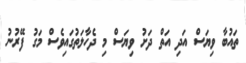
ތައުބާ ވިޔަސް އަދި އަތް ދަށު ވިޔަސް މި ދެހާލަތުގައިވެސް މަގު ފޭރުނު